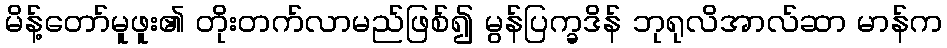
မိန့်တော်မူဖူး၏ တိုးတက်လာမည်ဖြစ်၍ မွန်ပြက္ခဒိန် ဘုရုလိအာလ်ဆာ မာန်က